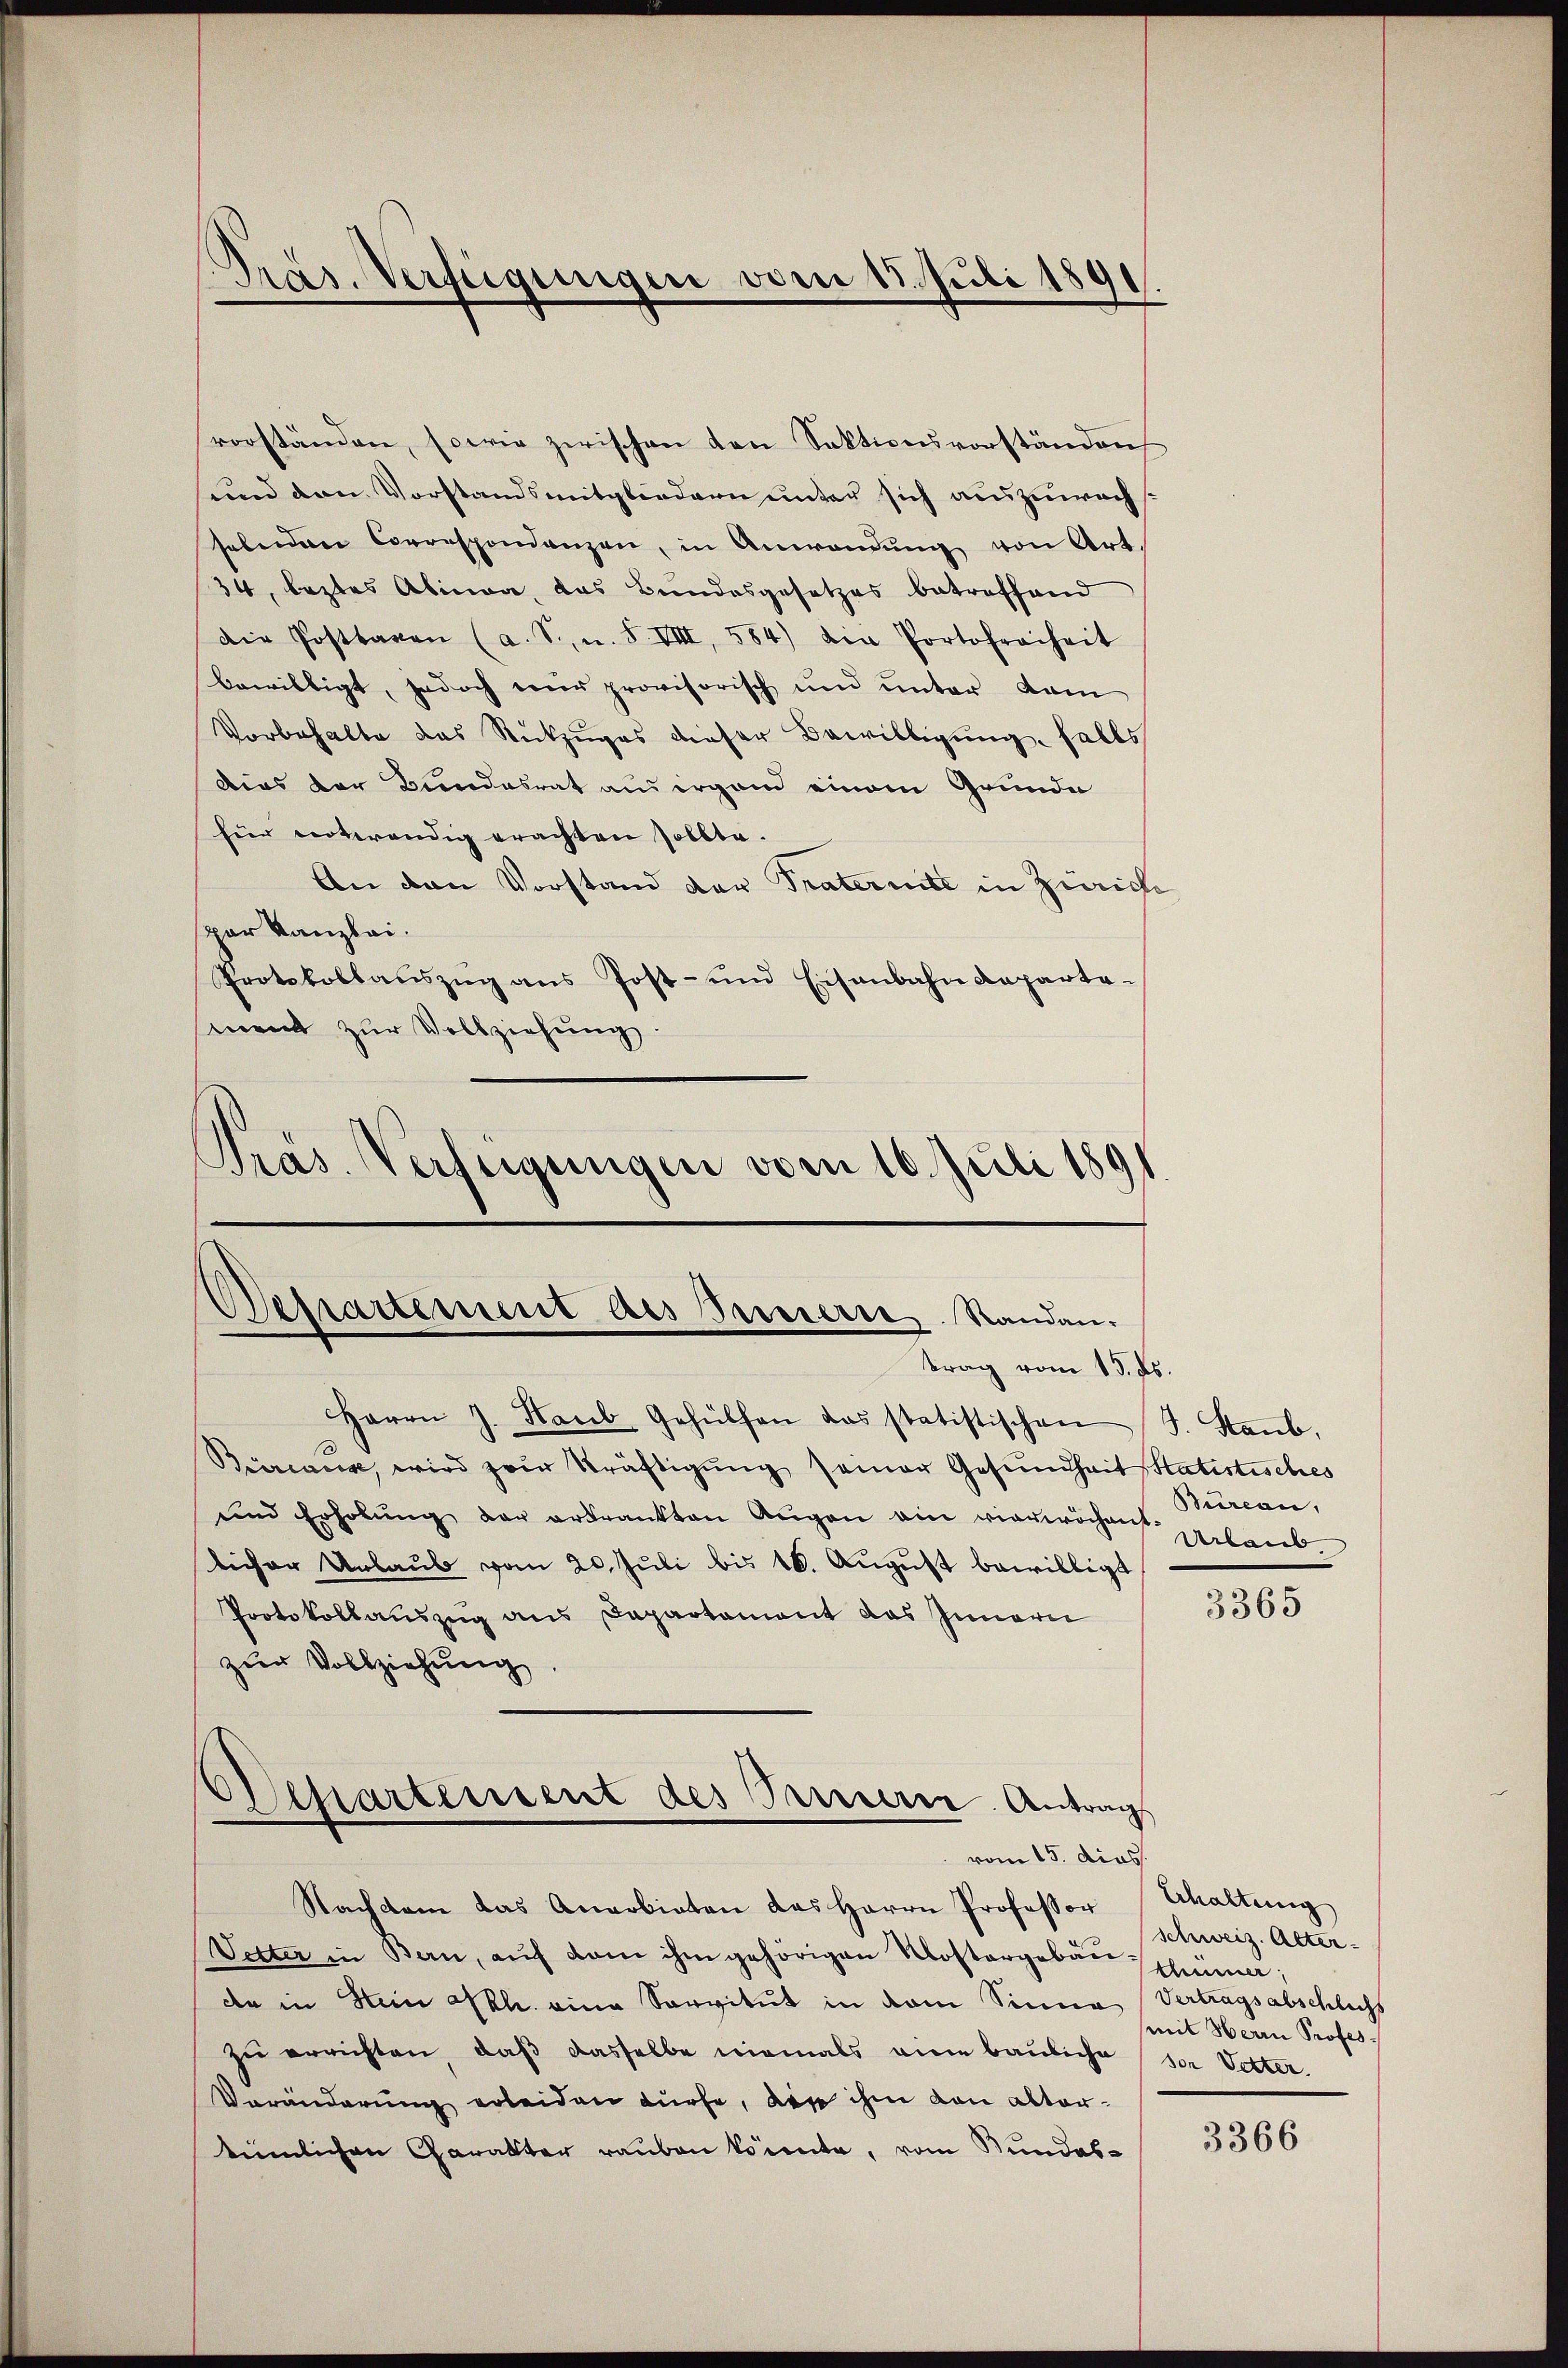
Präs. Verfügungen vom 15. Juli 1891

vorständen, sowie zwischen den Sektionsvorständen
und den Vorstandsmitgliedern unter sich auszuwachselnden Correspondenzen, in Anwendŭng von Art.
34, leztes Abina, das Bundesgesetzes betreffend
die Posttagen (a. S., n. F. VIII, 584) die Portofreiheit
bewilligt, jedoch nur provisorisch und unter dam
Vorbehalte das Rückzuges dieser Bewilligung falls
Dies der Bundesrat aus irgend einem Grunde
für notwendig erachten sollte.
An den Vorstand der Praternte in Zürich
spar Kanzlei.
Protokollaŭszŭg ans Post- und Eisenbahndeparta-
mnent zur Vollziehung.
Präs. Verfügungen vom 16. Juli 1891

Separtement des Presserre. Randantrag vom 15. ds.

vom 15. dies

Nachsam das Anerbieten das Herrn Professor haltung
Vetter in Bern, auf dem ihm gehörigen Mostergebau Schümer,
da in Stein kh. eine Servitut in dem Sinne Vertragsabschlichs
zu errichten, daß dasselbe niemals eine bauliche
Veränderung erleiden dürfe, der ihm dan altertümlichen Charakter rauben könnte, vom Bundes¬

Herrn J. Haub, Gehülfen das statistischen J. Staub,
Beirinus, wird zur Kräftigŭng seiner Gesundheit Statistisches
und Erholŭng der ertrankten Aŭgen ein vierwöchen verlaublicher Unlaub vom 20. Juli bis 16. August bewilligt
Protokollauszug aus Departament das Innern
zur Vollziehung
Departement des Treuern Antrag

Bureau,

3365

schweiz. Alter-
mit Herrn Professor Vetter.

3366